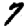
Digit: 7